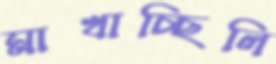
মাখাচ্ছিলি